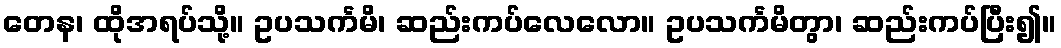
တေန၊ ထိုအရပ်သို့။ ဥပသင်္ကမိ၊ ဆည်းကပ်လေလော။ ဥပသင်္ကမိတွာ၊ ဆည်းကပ်ပြီး၍။